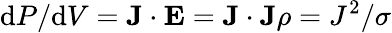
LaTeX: \mathrm{d}P/\mathrm{d}V=\mathbf{J}\cdot\mathbf{E}=\mathbf{J}\cdot\mathbf{J}\rho=J^{2}/\sigma